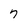
Character: 7